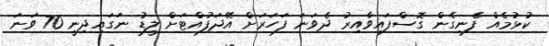
ކުޅުމެއް ފެނިގެން ގޮސްފައިވާއިރު ދެވަނަ ފަހަރަށް އޭދަފުއްޓަށް ލީޑު ނަގައިދިނީ 70 ވަނަ